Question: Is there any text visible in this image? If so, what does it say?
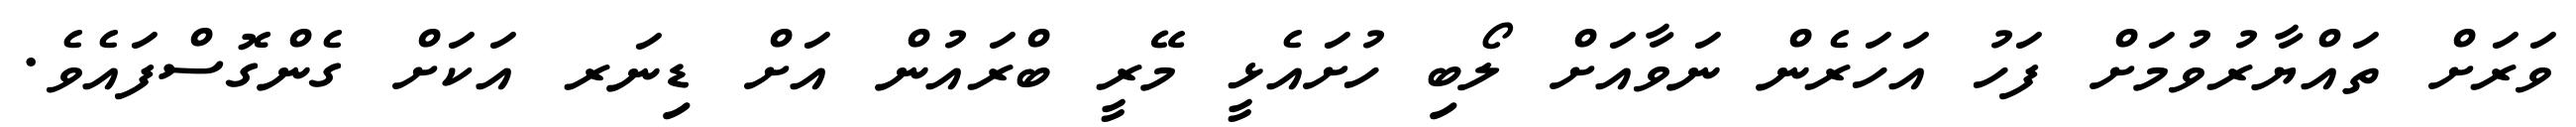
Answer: ވަރަށް ތައްޔާރުވުމަށް ފަހު އަހަރެން ނަވާއަށް ލޯބި ހުށައެޅީ މޭރީ ބްރައުން އަށް ޑިނަރ އަކަށް ގެންގޮސްފައެވެ.